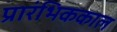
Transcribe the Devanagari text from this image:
प्रारंभिककाल